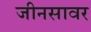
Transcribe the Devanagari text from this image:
जीनसावर